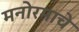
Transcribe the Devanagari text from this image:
मनोरमाचे